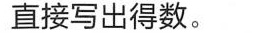
直接写出得数。